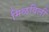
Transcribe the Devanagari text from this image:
मिळविलीं